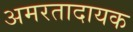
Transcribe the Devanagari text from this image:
अमरतादायक